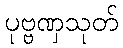
ပုဗ္ဗဏှသုတ်